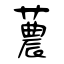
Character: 蕽